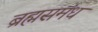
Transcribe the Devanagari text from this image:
ब्रह्मसमंध